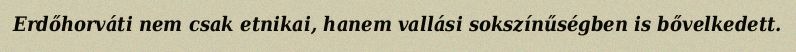
Erdőhorváti nem csak etnikai, hanem vallási sokszínűségben is bővelkedett.